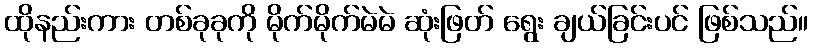
ထိုနည်းကား တစ်ခုခုကို မိုက်မိုက်မဲမဲ ဆုံးဖြတ် ရွေး ချယ်ခြင်းပင် ဖြစ်သည်။